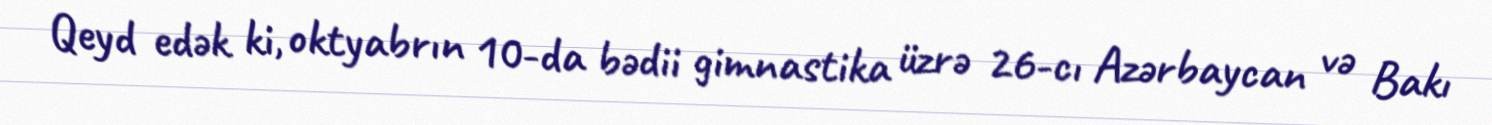
Qeyd edək ki, oktyabrın 10-da bədii gimnastika üzrə 26-cı Azərbaycan və Bakı